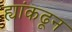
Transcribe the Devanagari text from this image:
ह्यांकढून